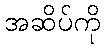
အဆိပ်ကို